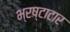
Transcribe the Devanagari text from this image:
भ्रष्टाटार